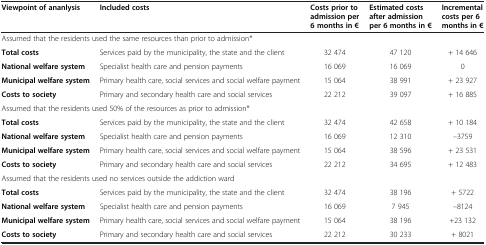
<table><thead><tr><td><b>Viewpoint of ananlysis</b></td><td><b>Included costs</b></td><td><b>Costs prior to admission per 6 months in €</b></td><td><b>Estimated costs after admission per 6 months in €</b></td><td><b>Incremental costs per 6 months in €</b></td></tr></thead><tbody><tr><td colspan="5">Assumed that the residents used the same resources than prior to admission*</td></tr><tr><td><b>Total costs</b></td><td>Services paid by the municipality, the state and the client</td><td>32 474</td><td>47 120</td><td>+ 14 646</td></tr><tr><td><b>National welfare system</b></td><td>Specialist health care and pension payments</td><td>16 069</td><td>16 069</td><td>0</td></tr><tr><td><b>Municipal welfare system</b></td><td>Primary health care, social services and social welfare payment</td><td>15 064</td><td>38 991</td><td>+ 23 927</td></tr><tr><td><b>Costs to society</b></td><td>Primary and secondary health care and social services</td><td>22 212</td><td>39 097</td><td>+ 16 885</td></tr><tr><td colspan="5">Assumed that the residents used 50% of the resources as prior to admission*</td></tr><tr><td><b>Total costs</b></td><td>Services paid by the municipality, the state and the client</td><td>32 474</td><td>42 658</td><td>+ 10 184</td></tr><tr><td><b>National welfare system</b></td><td>Specialist health care and pension payments</td><td>16 069</td><td>12 310</td><td>–3759</td></tr><tr><td><b>Municipal welfare system</b></td><td>Primary health care, social services and social welfare payment</td><td>15 064</td><td>38 596</td><td>+ 23 531</td></tr><tr><td><b>Costs to society</b></td><td>Primary and secondary health care and social services</td><td>22 212</td><td>34 695</td><td>+ 12 483</td></tr><tr><td colspan="5">Assumed that the residents used no services outside the addiction ward</td></tr><tr><td><b>Total costs</b></td><td>Services paid by the municipality, the state and the client</td><td>32 474</td><td>38 196</td><td>+ 5722</td></tr><tr><td><b>National welfare system</b></td><td>Specialist health care and pension payments</td><td>16 069</td><td>7 945</td><td>–8124</td></tr><tr><td><b>Municipal welfare system</b></td><td>Primary health care, social services and social welfare payment</td><td>15 064</td><td>38 196</td><td>+23 132</td></tr><tr><td><b>Costs to society</b></td><td>Primary and secondary health care and social services</td><td>22 212</td><td>30 233</td><td>+ 8021</td></tr></tbody></table>